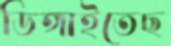
ডিঙ্গাইতেছ